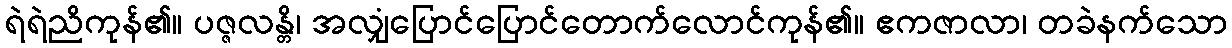
ရဲရဲညိကုန်၏။ ပဇ္ဇလန္တိ၊ အလျှံပြောင်ပြောင်တောက်လောင်ကုန်၏။ ဧကဇာလာ၊ တခဲနက်သော